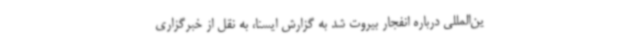
ین‌المللی درباره انفجار بیروت شد به گزارش ایسنا، به نقل از خبرگزاری